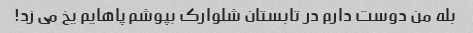
بله من دوست دارم در تابستان شلوارک بپوشم پاهایم یخ می زد!